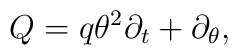
Q = q \theta^2 \partial_t + \partial_{\theta},